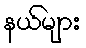
နယ်များ